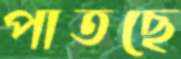
পাতছে